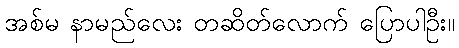
အစ်မ နာမည်လေး တဆိတ်လောက် ပြောပါဦး။